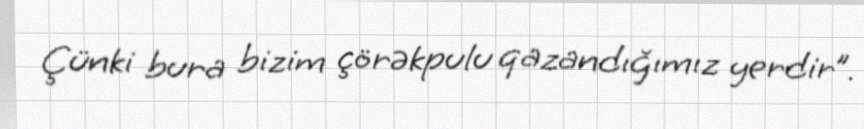
Çünki bura bizim çörəkpulu qazandığımız yerdir”.